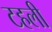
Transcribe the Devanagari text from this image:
टहली